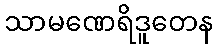
သာမဏေရိဒူတေန